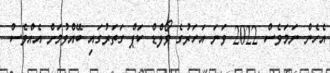
އެހެން ނަމަވެސް 2022 ވަނަ އަހަރުގެ ވޯލްޑް ކަޕް ގަތަރުގައި ބޭއްވުމަށް އެއްވެސް